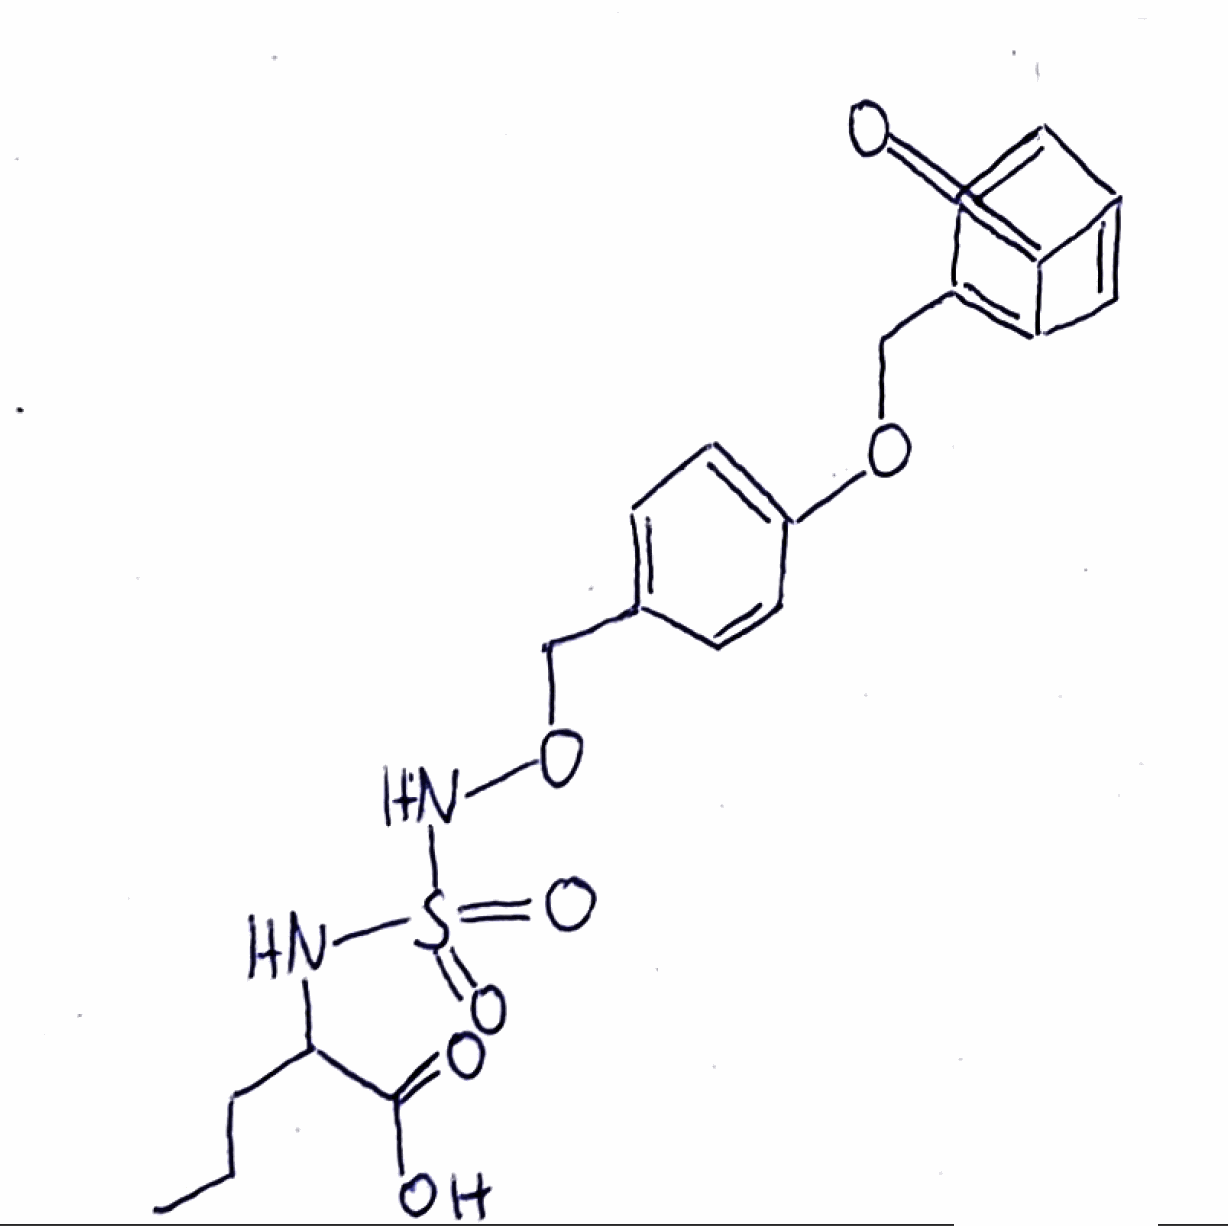
Simplified molecular-input line-entry system (SMILES) notation of the given molecule:
CCCC(C(=O)O)NS(=O)(=O)NOCC1=CC=C(C=C1)OCC2=C3C=C(C3=O)C=C2